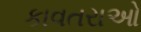
કાવતરાઓ